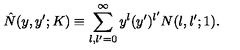
\hat { N } ( y , y ^ { \prime } ; K ) \equiv \sum _ { l , l ^ { \prime } = 0 } ^ { \infty } y ^ { l } ( y ^ { \prime } ) ^ { l ^ { \prime } } N ( l , l ^ { \prime } ; 1 ) .